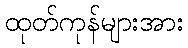
ထုတ်ကုန်များအား